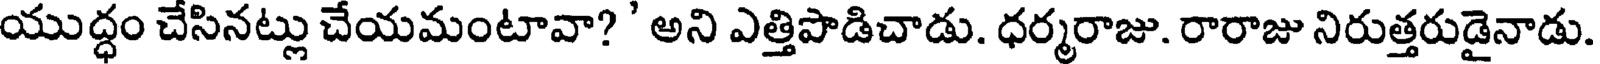
యుద్ధం చేసినట్లు చేయమంటావా? ' అని ఎత్తిపొడిచాడు. ధర్మరాజు. రారాజు నిరుత్తరుడైనాడు.